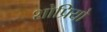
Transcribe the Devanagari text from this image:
शोप्रियो